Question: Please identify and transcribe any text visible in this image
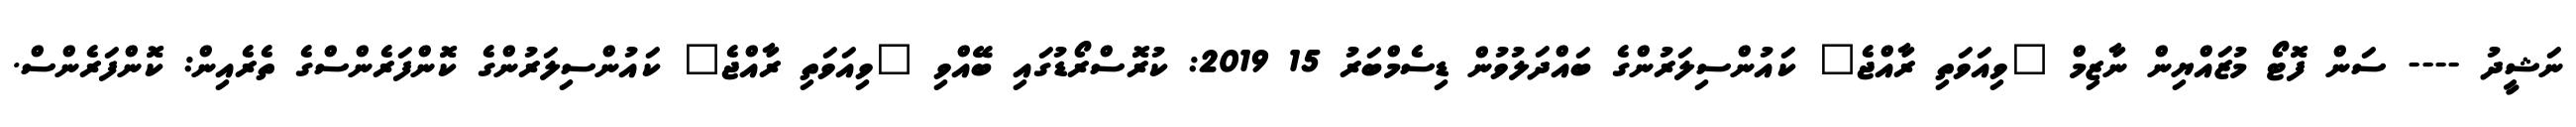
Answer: ނަޝީދު ---- ސަން ފޮޓޯ މުޒައްޔިން ނާޒިމް "ވިއަވަތި ރާއްޖެ" ކައުންސިލަރުންގެ ބައްދަލުވުން ޑިސެމްބަރު 15 2019: ކުރޮސްރޯޑުގައި ބޭއްވި "ވިއަވަތި ރާއްޖެ" ކައުންސިލަރުންގެ ކޮންފަރެންސްގެ ތެރެއިން: ކޮންފަރެންސް.